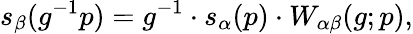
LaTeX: s_{\beta}(g^{-1}p)=g^{-1}\cdot s_{\alpha}(p)\cdot W_{\alpha\beta}(g;p),